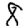
Digit: 8